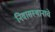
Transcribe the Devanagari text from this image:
निवासस्थानाचे